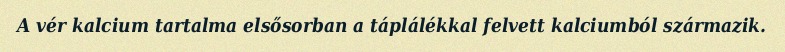
A vér kalcium tartalma elsősorban a táplálékkal felvett kalciumból származik.